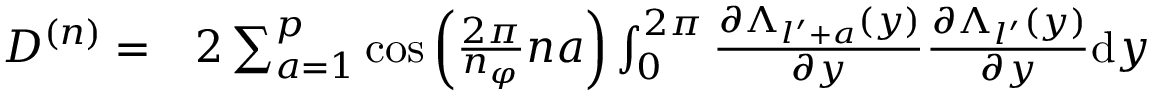
\begin{array} { r l } { D ^ { ( n ) } = } & { { } 2 \sum _ { a = 1 } ^ { p } \cos \left( \frac { 2 \pi } { n _ { \varphi } } n a \right) \int _ { 0 } ^ { 2 \pi } \frac { \partial \Lambda _ { l ^ { \prime } + a } ( y ) } { \partial y } \frac { \partial \Lambda _ { l ^ { \prime } } ( y ) } { \partial y } \mathrm { d } y } \end{array}